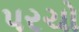
પરચો